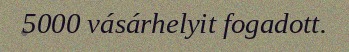
5000 vásárhelyit fogadott.